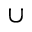
\cup